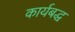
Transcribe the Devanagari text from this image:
कार्यबद्ध